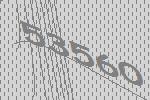
53560